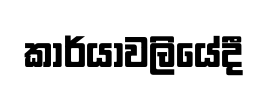
කාර්යාවලියේදී